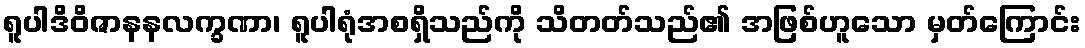
ရူပါဒိဝိဇာနနလက္ခဏာ၊ ရူပါရုံအစရှိသည်ကို သိတတ်သည်၏ အဖြစ်ဟူသော မှတ်ကြောင်း